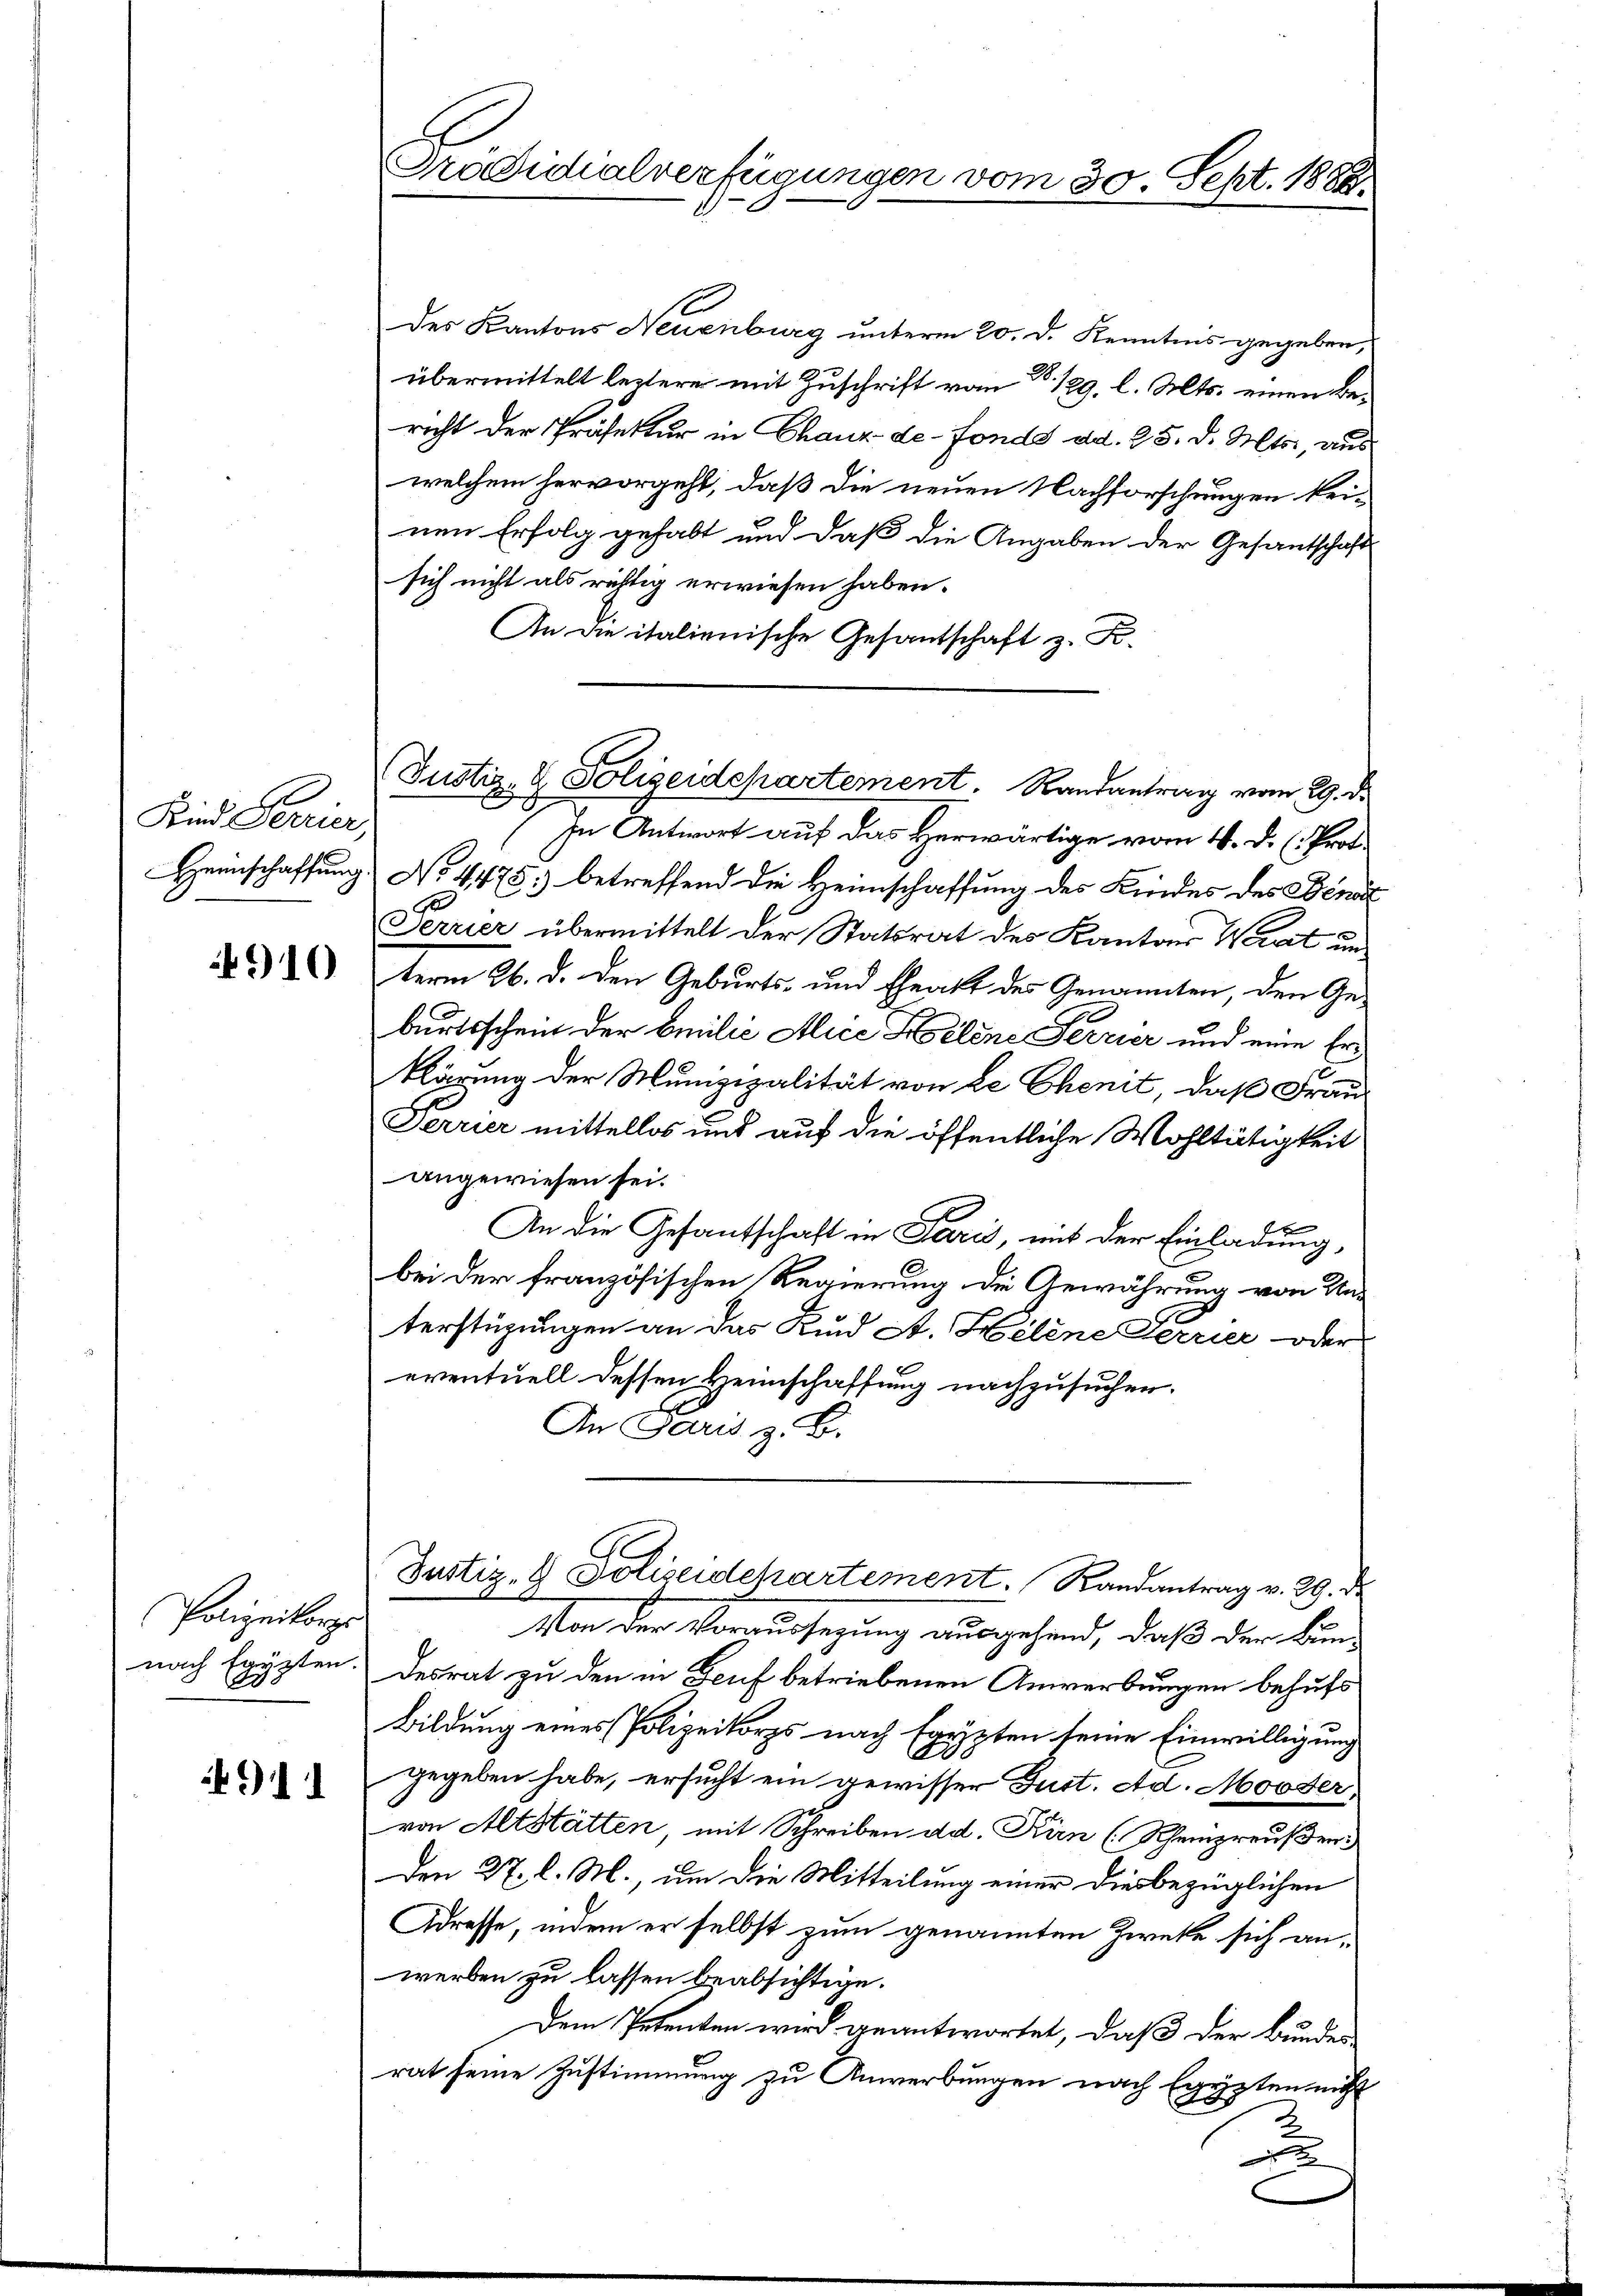
Kind Terrier,

910

Polizeikorps
nach Egypten.
.

911

Präsidialverfügungen vom 30. Sept. 1888.

des Kantons Neuenburg unterm 20. d. Kenntnis gegeben,
übermittelt leztere mit Zuschrift vom 28. 129. l. Mts. einen Bericht der Präfektur in Chaux-de-Fonds ad. 25. d. Mts., aus
welchem hervorgeht, daß die neuen Nachforschungen keinen Erfolg gehabt und daß die Angaben der Gesantschaft
sich nicht als richtig erwiesen haben.
An die italienische Gesantschaft z. B.

In Antwort auf das Herwärtige vom 4. D. Prot.
Heinschaffung No. 4475) betreffend die Heimschaffung des Kindes des Bened
Ferrier übermittelt der Statsrat des Kantons Werat unterm 26. d. den Geburts- und Eheakt des Genannten, den Geburtsschein der Emilie Alice Helene Ferrier und eine Erklärung der Munizipalität von de Chenit, daß Frau
Terrier mittellos und auf die öffentliche Wohltätigkeit
angewiesen sei.
An die Gesantschaft in Paris, mit der Einladung,
bei der französischen Regierung die Gewährung von Un-
terstüzungen an das Kind A. Helene Terrier oder
eventuell dessen Heimschaffung nachzusuchen.
H.
An Paris z. B.

Justiz- & Polizeidepartement. Randantrag vom 29. d.

Von der Voraussegung ausgehend, daß der Bundesrat zu den in Genf betriebenen Anwerbungen behufs
Bildung eines Polizeikorps nach Egypten seine Einwilligung
gegeben habe, ersucht ein gewisser Just. Ad. Mooser,
von Altstätten, mit Schreiben dd. Kirn (Rheinpreußer
Den 27. l. M., um die Mitteilung einer diesbezüglichen
Adresse, indem er selbst zum genannten Zwecke sich an-
werben zu lassen beabsichtige.
Dem Petenten wird geantwortet, daß der Bundes
rat seine Zustimmung zu Anwerbungen nach Egypten nicht
2

Ge
Justiz- & Polizeidchartement. Randantrag v. 29. d.